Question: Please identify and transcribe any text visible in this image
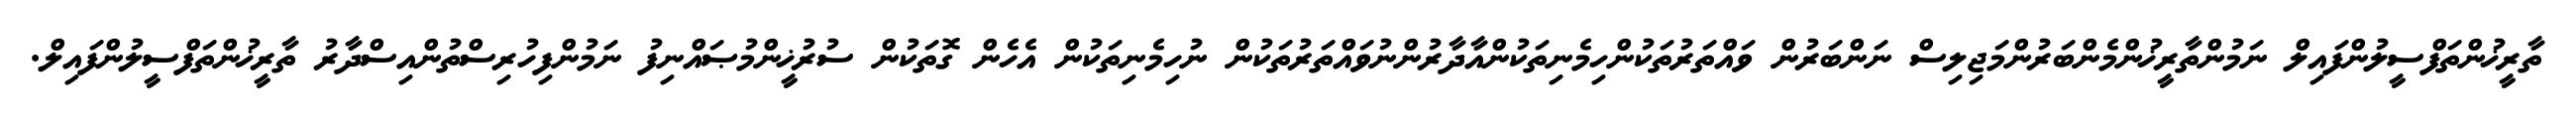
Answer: ތާރީޚުންތަފްސީލުންފައިލް ނަމުންތާރީޚުންމެންބަރުންމަޖިލިސް ނަންބަރުން ވައްތަރުތަކުންހިމެނިތަކުންއާދާރުންނުވައްތަރުތަކުން ނުހިމެނިތަކުން އެހެން ގޮތަކުން ސުރުޚީންމުޞައްނިފު ނަމުންފިހުރިސްތުންއިސްދާރު ތާރީޚުންތަފްސީލުންފައިލް.